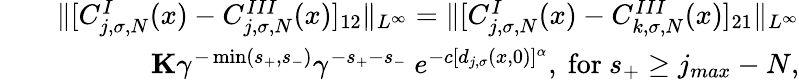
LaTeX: \begin{array}{rlr}&{}&{\Vert[C_{j,\sigma,N}^{I}(x)-C_{j,\sigma,N}^{III}(x)]_{12}\Vert_{L^{\infty}}=\Vert[C_{j,\sigma,N}^{I}(x)-C_{k,\sigma,N}^{III}(x)]_{21}\Vert_{L^{\infty}}}\\ &{}&{\le K\gamma^{-\operatorname*{min}(s_{+},s_{-})}\gamma^{-s_{+}-s_{-}}\ e^{-c[d_{j,\sigma}(x,0)]^{\alpha}},\ \mathrm{for}\ s_{+}\ge j_{max}-N,}\end{array}